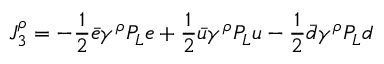
J _ { 3 } ^ { \rho } = - \frac { 1 } { 2 } \bar { e } \gamma ^ { \rho } P _ { L } e + \frac { 1 } { 2 } \bar { u } \gamma ^ { \rho } P _ { L } u - \frac { 1 } { 2 } \bar { d } \gamma ^ { \rho } P _ { L } d